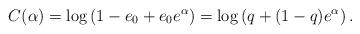
LaTeX: \begin{align*}C(\alpha ) = \log \left( 1-e_0 + e_0 e^{\alpha} \right) = \log \left( q + (1-q) e^{\alpha} \right) .\end{align*}